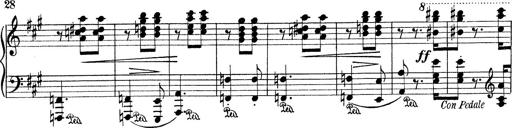
Title: Mephisto Waltz No.1
Composer: Franz Liszt